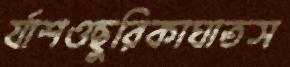
র‍্যাশওছুরিকাঘাতস